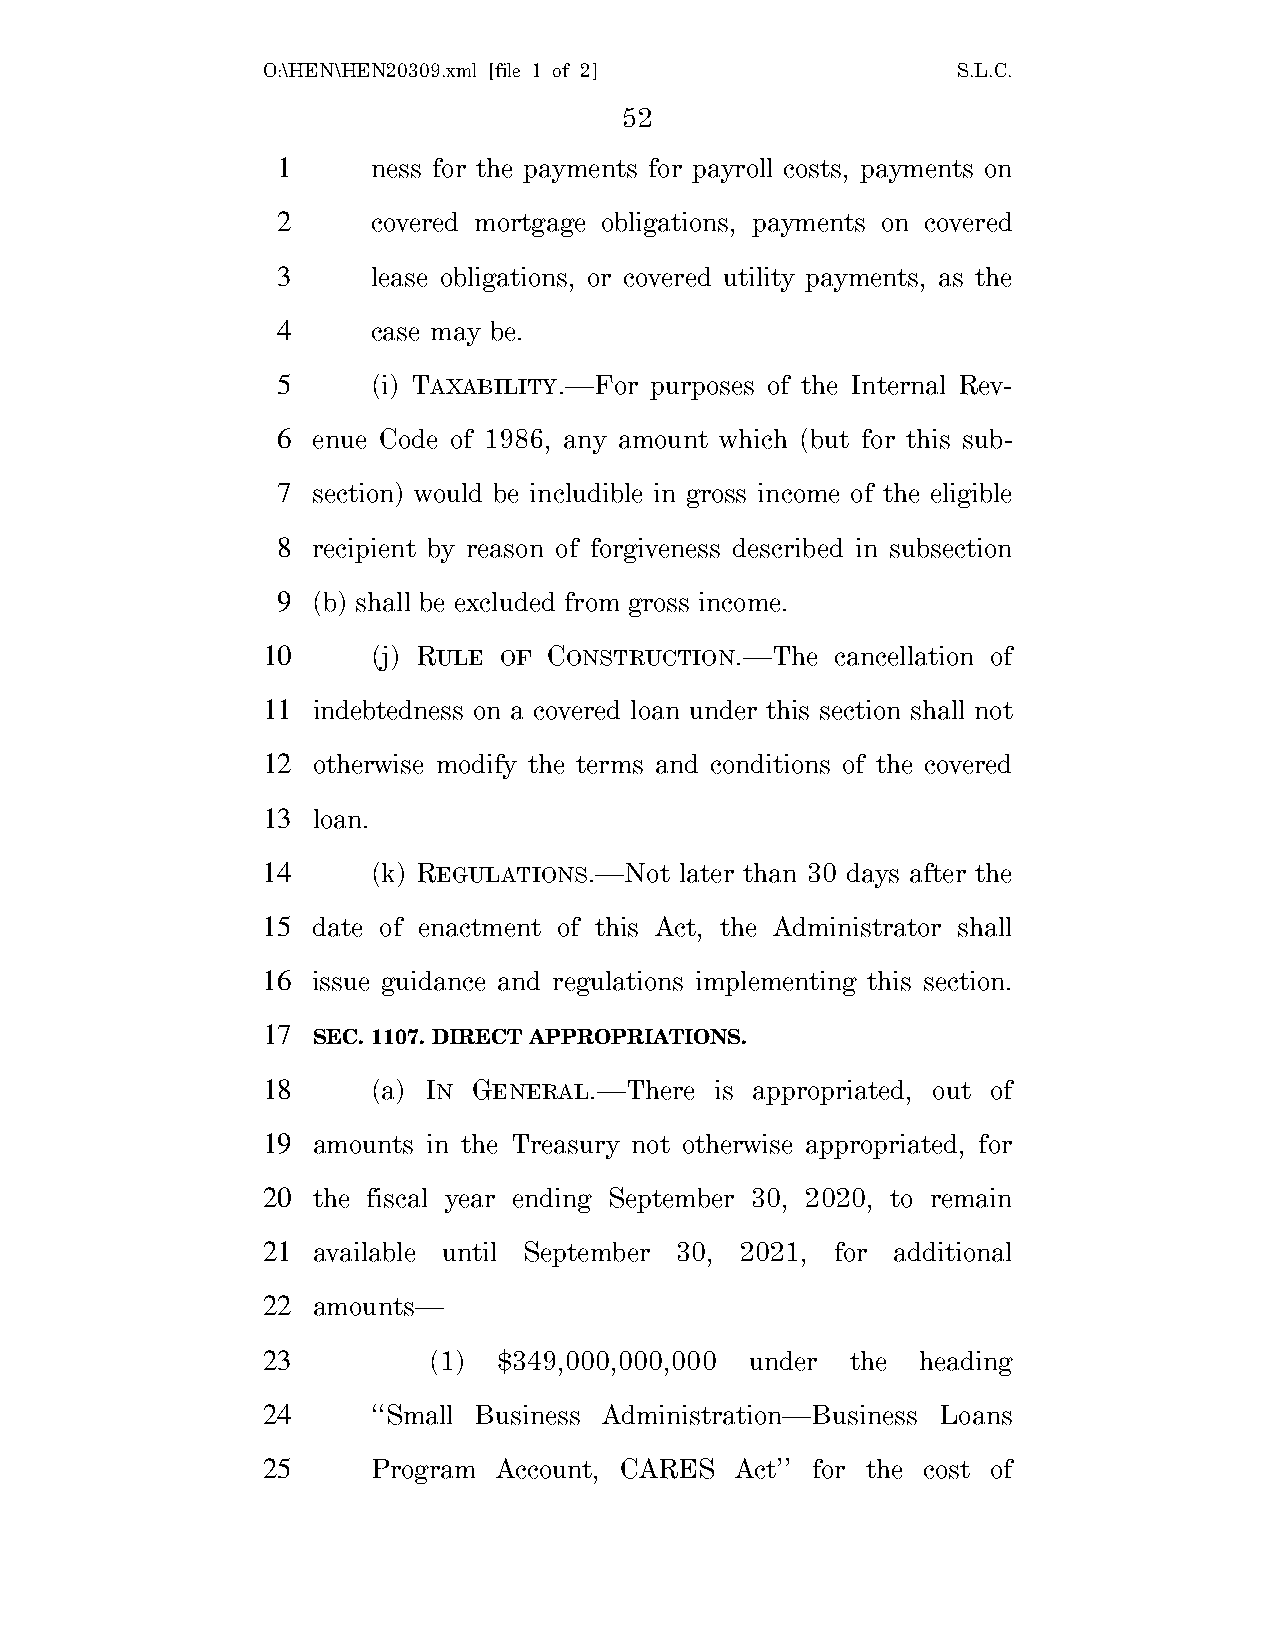
O:\HEN\HEN20309.xml [file 1 of 2]             S.L.C.
 52
 1      ness for the payments for payroll costs, payments on
 2      covered mortgage obligations, payments on covered
 3      lease obligations, or covered utility payments, as the
 4      case may be.
 5      (i) TAXABILITY.—For purposes of the Internal Rev-
 6  enue Code of 1986, any amount which (but for this sub-
 7  section) would be includible in gross income of the eligible
 8  recipient by reason of forgiveness described in subsection
 9  (b) shall be excluded from gross income.
 10      (j) RULE OF CONSTRUCTION.—The cancellation of
 11  indebtedness on a covered loan under this section shall not
 12  otherwise modify the terms and conditions of the covered
 13  loan.
 14      (k) REGULATIONS.—Not later than 30 days after the
 15  date of enactment of this Act, the Administrator shall
 16  issue guidance and regulations implementing this section.
 17
 SEC. 1107. DIRECT APPROPRIATIONS.
 18      (a) IN GENERAL.—There is appropriated, out of
 19  amounts in the Treasury not otherwise appropriated, for
 20  the fiscal year ending September 30, 2020, to remain
 21  available until September 30, 2021, for additional
 22  amounts—
 23         (1)  $349,000,000,000 under the  heading
 24      ‘‘Small Business Administration—Business Loans
 25      Program Account, CARES  Act’’ for the cost of